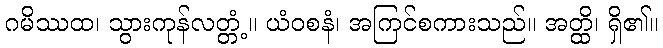
ဂမိဿထ၊ သွားကုန်လတ္တံ့။ ယံဝစနံ၊ အကြင်စကားသည်။ အတ္ထိ၊ ရှိ၏။